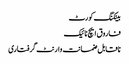
بینکنگ کورٹ
فاروق ایچ نائیک
ناقابل ضمانت وارنٹ گرفتاری